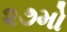
૨૭મો